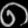
Digit: ၈